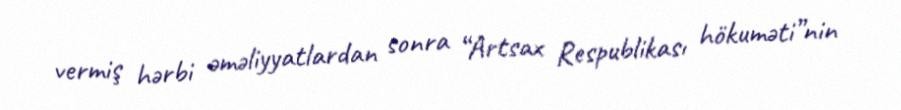
vermiş hərbi əməliyyatlardan sonra “Artsax Respublikası hökuməti”nin